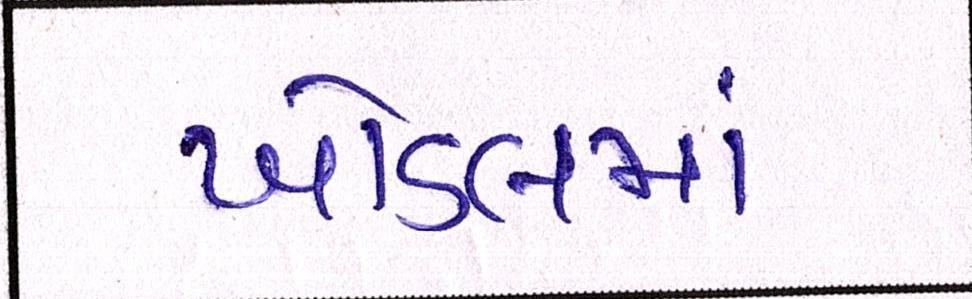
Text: ખોડલમા